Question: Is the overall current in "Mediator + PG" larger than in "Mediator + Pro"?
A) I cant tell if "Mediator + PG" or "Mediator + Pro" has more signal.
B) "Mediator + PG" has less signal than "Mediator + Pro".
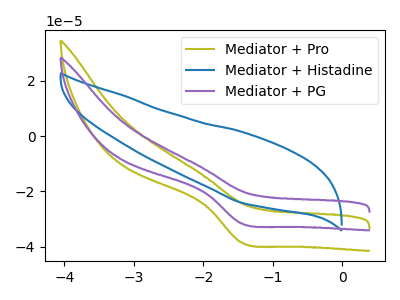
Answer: <think>The olive curve "Mediator + Pro" has a cathodic peak at: (-1.45V, -38.40uA). The blue curve "Mediator + Histadine" has no peaks. The purple curve "Mediator + PG" has a cathodic peak at: (-1.45V, -31.50uA).
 All the peaks in "Mediator + PG" have a peak in "Mediator + Pro" at the same potential. Every peak in "Mediator + PG" is lower than every peak in "Mediator + Pro".</think>
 <answer>B) "Mediator + PG" has less signal than "Mediator + Pro".</answer>
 <eval>B</eval>